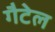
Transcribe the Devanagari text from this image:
गैटेल